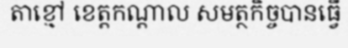
តាខ្មៅ ខេត្តកណ្តាល សមត្ថកិច្ចបានធ្វើ